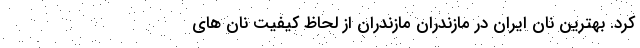
کرد. بهترین نان ایران در مازندران مازندران از لحاظ کیفیت نان های